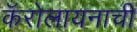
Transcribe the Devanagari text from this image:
कॅरोलायनाची